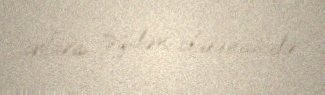
onlara təqdim olunmasıdır.